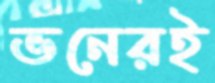
ভনেরই